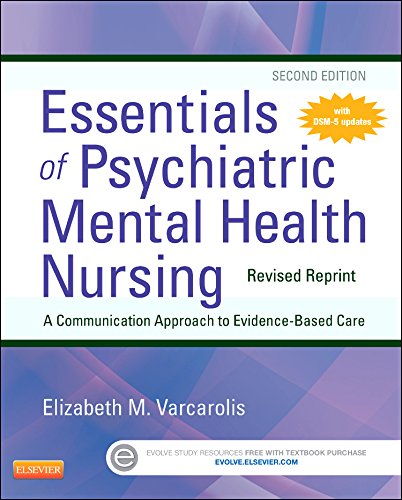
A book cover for Essentials of Psychiatric Mental Health Nursing - Revised Reprint, 2e; Elizabeth M. Varcarolis RN  MA; Medical Books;